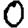
Digit: 0